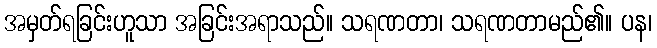
အမှတ်ရခြင်းဟူသာ အခြင်းအရာသည်။ သရဏတာ၊ သရဏတာမည်၏။ ပန၊